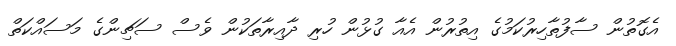
އެގޮތުން ސާފުތާހިރުކަމުގެ އިތުރުން އެއާ ގުޅުން ހުރި ދާއިރާތަކުން ވެސް ސަޗިންގެ މަސައްކަތް